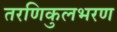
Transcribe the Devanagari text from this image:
तरणिकुलभरण